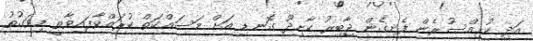
އަދި ކުރިއްސުރެން ފެށިގެން ޖާބިރު ކާށިދޫ ގޮނޑި އަށް މަސައްކަތް ކުރައްވާފައިވާތީ މިވަގުތު